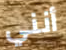
أنني